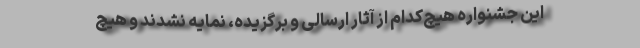
این جشنواره هیچ‌کدام از آثار ارسالی و برگزیده، نمایه نشدند و هیچ